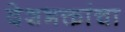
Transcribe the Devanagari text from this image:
देशभक्तांचा